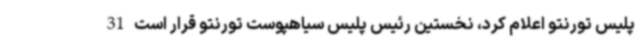
پلیس تورنتو اعلام کرد، نخستین رئیس پلیس سیاهپوست تورنتو قرار است 31